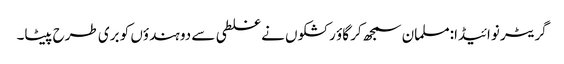
گریٹر نوائیڈا:مسلمان سمجھ کر گاؤ رکشکوں نے غلطی سے دو ہندؤں کو بری طرح پیٹا۔